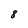
Character: 8